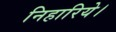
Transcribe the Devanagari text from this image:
निहारिये।